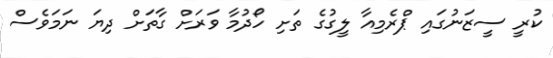
ކުރީ ސީޒަނުގައި ޕްރެމިއާ ލީގުގެ ތަށި ހޯދުމާ ވަރަށް ގާތަށް ދިޔަ ނަމަވެސް